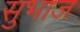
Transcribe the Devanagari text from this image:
सुभाज